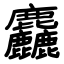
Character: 麤